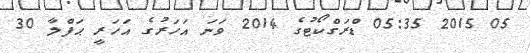
05 2015 05:35 ޑްރަގްކޯޓުގެ 2014 ވަނަ އަހަރުގެ އަހަރީ ޙަފްލާ 30